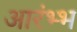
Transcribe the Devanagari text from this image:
आरंभ्भ